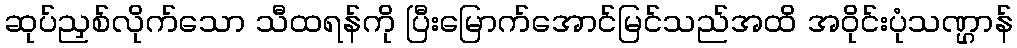
ဆုပ်ညှစ်လိုက်သော သီထရန်ကို ပြီးမြောက်အောင်မြင်သည်အထိ အဝိုင်းပုံသဏ္ဌာန်